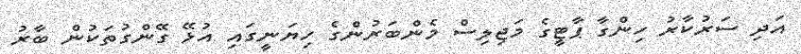
އަދި ސަރުކާރު ހިންގާ ޕާޓީގެ މަޖިލިސް މެންބަރުންގެ ހިޔަނީގައި އުޅޭ ގޭންގުތަކުން ބާރު